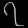
Digit: ၇